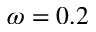
\omega = 0 . 2